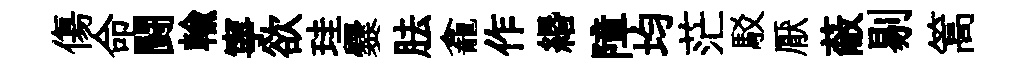
傷命闘輸寧欲珪爨胠龕作緡障均茫駁厭蔽剔篙